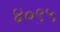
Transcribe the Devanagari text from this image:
४०९५